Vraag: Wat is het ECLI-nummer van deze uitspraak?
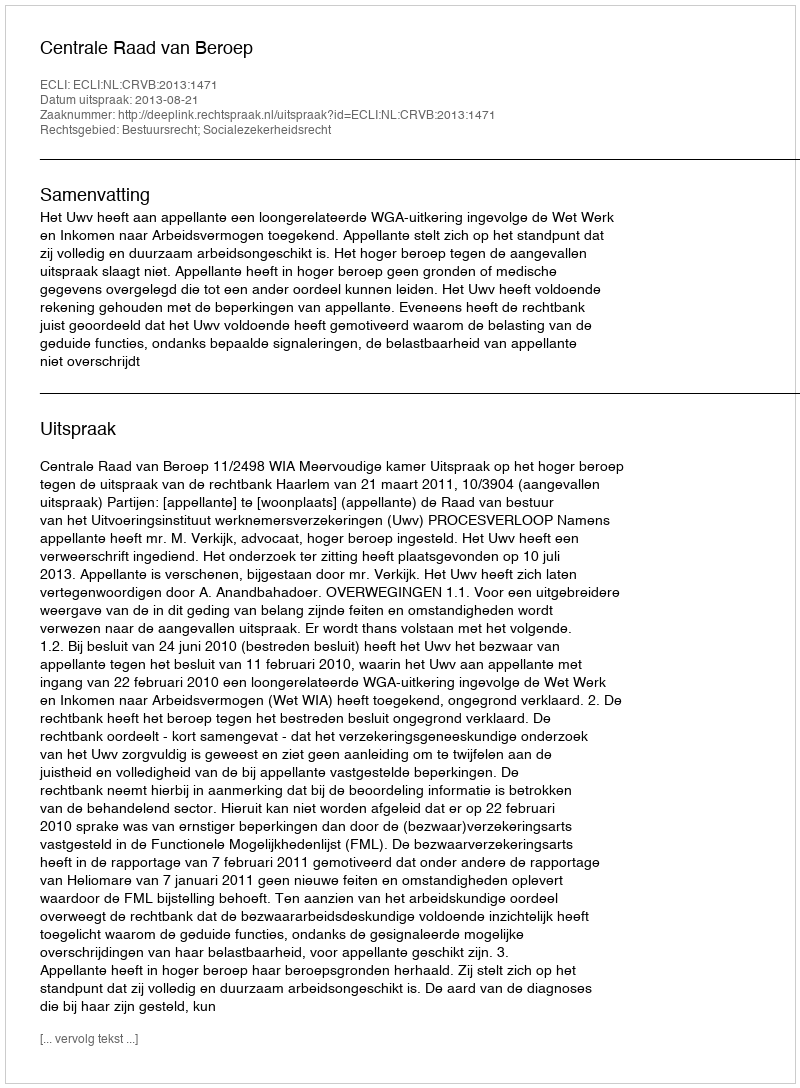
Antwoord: ECLI:NL:CRVB:2013:1471